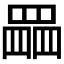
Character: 𦋹